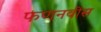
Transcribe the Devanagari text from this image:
फणनवीस